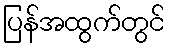
ပြန်အထွက်တွင်